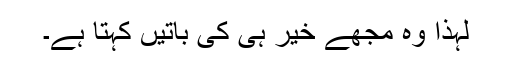
لہٰذا وہ مجھے خیر ہی کی باتیں کہتا ہے۔